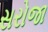
સરોજા